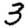
Digit: 3